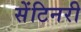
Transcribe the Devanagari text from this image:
सेंटिनरी